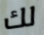
لك